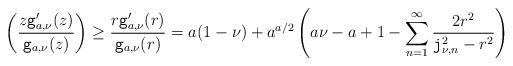
LaTeX: \begin{align*}\real\left(\frac{z\mathtt{g}_{a, \nu}'(z)}{\mathtt{g}_{a, \nu}(z)}\right)\geq \frac{r\mathtt{g}_{a, \nu}'(r)}{\mathtt{g}_{a, \nu}(r)}= a (1-\nu)+ a^{a/2}\left(a\nu-a+1-\sum_{n=1}^\infty \frac{ 2 r^2}{\mathtt{j}_{\nu, n}^2-r^2}\right)\end{align*}